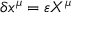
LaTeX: \delta x ^ { \mu } = \varepsilon X ^ { \mu }